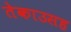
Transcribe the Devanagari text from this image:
तेकाउसह